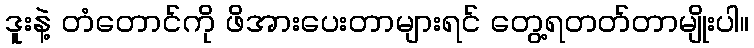
ဒူးနဲ့ တံတောင်ကို ဖိအားပေးတာများရင် တွေ့ရတတ်တာမျိုးပါ။